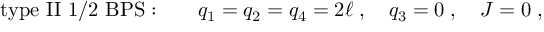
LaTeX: \mathrm { t y p e ~ I I ~ 1 / 2 ~ B P S : } \qquad q _ { 1 } = q _ { 2 } = q _ { 4 } = 2 \ell \; , \quad q _ { 3 } = 0 \; , \quad J = 0 \; ,